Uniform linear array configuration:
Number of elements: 24
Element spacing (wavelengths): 0.75
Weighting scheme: blackman
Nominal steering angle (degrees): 0
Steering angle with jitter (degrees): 0.07689
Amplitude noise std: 0.05
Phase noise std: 0.05

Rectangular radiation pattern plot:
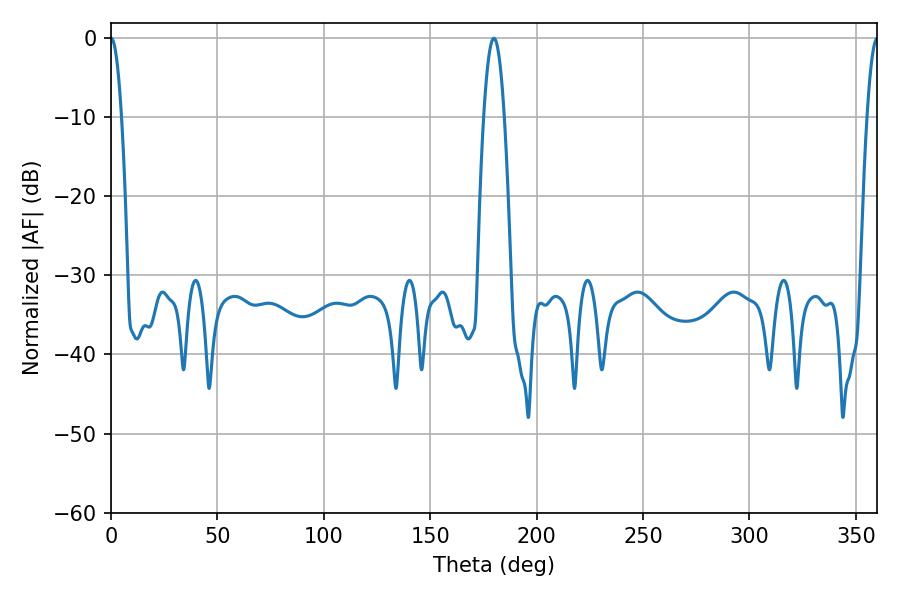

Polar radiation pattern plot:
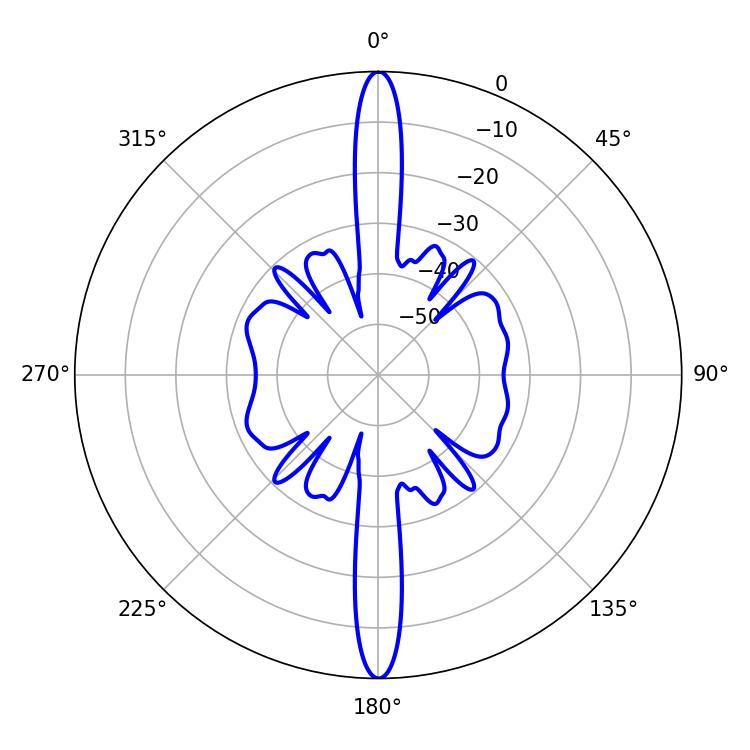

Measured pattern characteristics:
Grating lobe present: TRUE
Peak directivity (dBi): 39.031
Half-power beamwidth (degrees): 2.7
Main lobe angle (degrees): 0